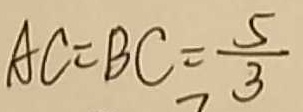
A C = B C = \frac { 5 } { 3 }